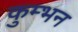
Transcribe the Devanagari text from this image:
कुम्भन